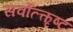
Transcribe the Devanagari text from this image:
सर्वोत्त्कृष्ट